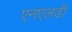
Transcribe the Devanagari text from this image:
एनएलडी